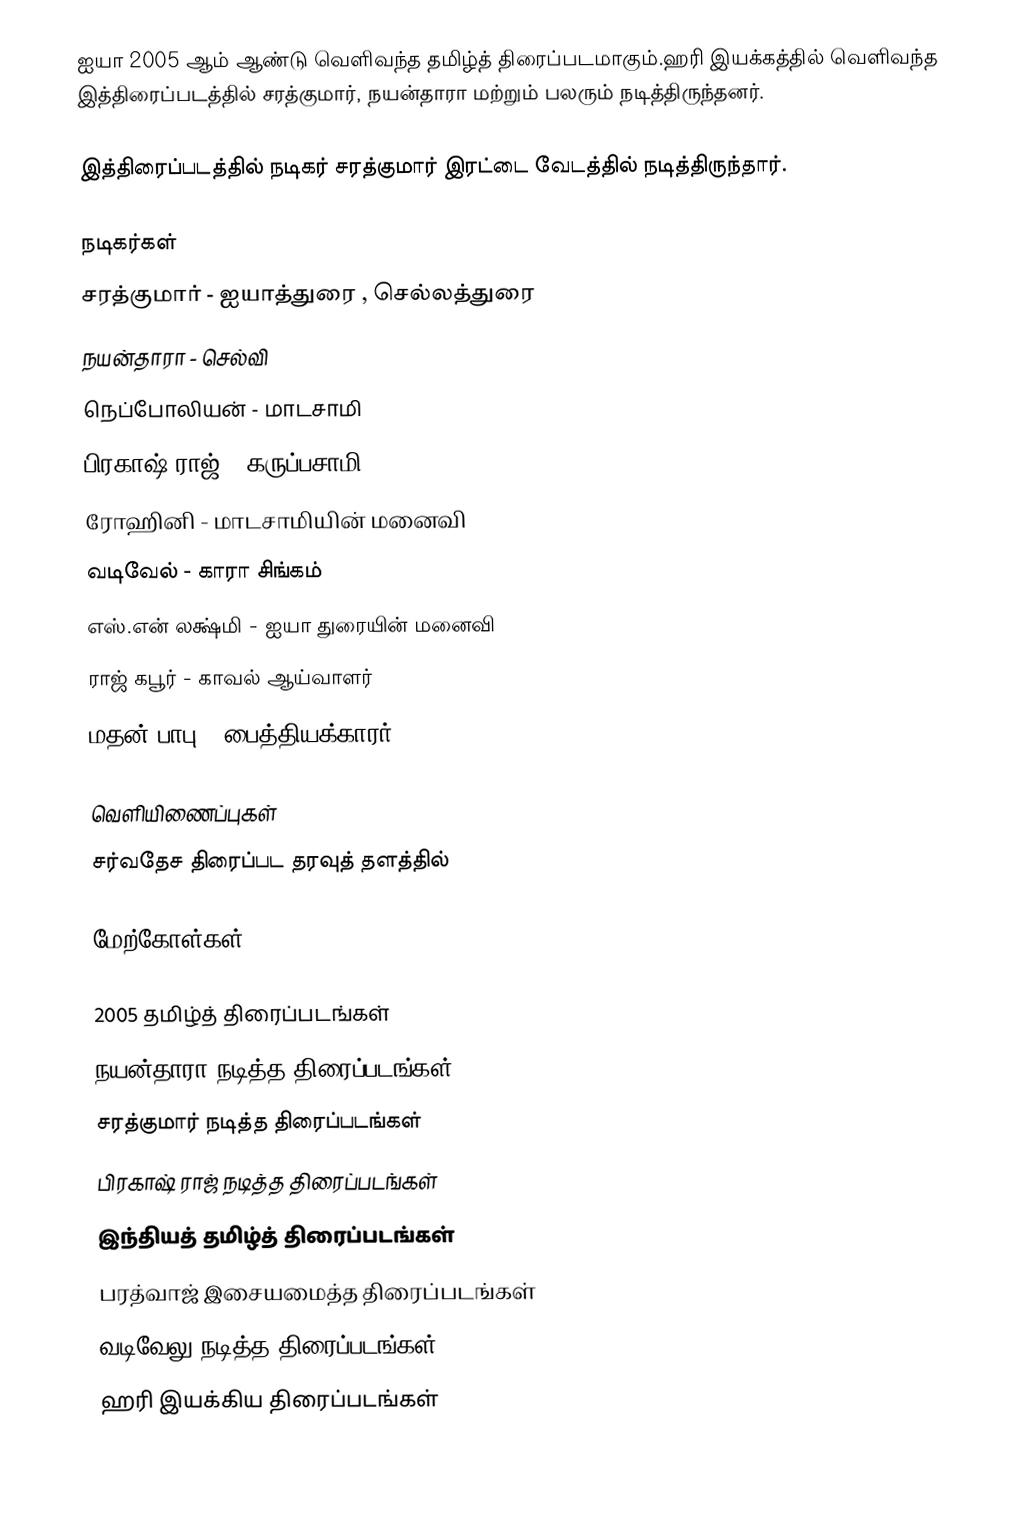
ஐயா 2005 ஆம் ஆண்டு வெளிவந்த தமிழ்த் திரைப்படமாகும்.ஹரி இயக்கத்தில் வெளிவந்த இத்திரைப்படத்தில் சரத்குமார், நயன்தாரா மற்றும் பலரும் நடித்திருந்தனர்.

இத்திரைப்படத்தில் நடிகர் சரத்குமார் இரட்டை வேடத்தில் நடித்திருந்தார்.

நடிகர்கள்
 சரத்குமார் - ஐயாத்துரை , செல்லத்துரை
 நயன்தாரா - செல்வி
 நெப்போலியன் - மாடசாமி
 பிரகாஷ் ராஜ் - கருப்பசாமி
 ரோஹினி - மாடசாமியின் மனைவி
 வடிவேல் - காரா சிங்கம்
 எஸ்.என் லக்ஷ்மி - ஐயா துரையின் மனைவி
 ராஜ் கபூர் - காவல் ஆய்வாளர்
 மதன் பாபு - பைத்தியக்காரர்

வெளியிணைப்புகள்
சர்வதேச திரைப்பட தரவுத் தளத்தில்

மேற்கோள்கள்

2005 தமிழ்த் திரைப்படங்கள்
நயன்தாரா நடித்த திரைப்படங்கள்
சரத்குமார் நடித்த திரைப்படங்கள்
பிரகாஷ் ராஜ் நடித்த திரைப்படங்கள்
இந்தியத் தமிழ்த் திரைப்படங்கள்
பரத்வாஜ் இசையமைத்த திரைப்படங்கள்
வடிவேலு நடித்த திரைப்படங்கள்
ஹரி இயக்கிய திரைப்படங்கள்